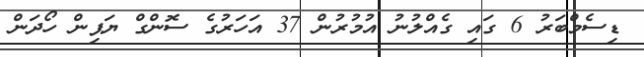
ޑިސެމްބަރު 6 ގައި ގެއްލުނު އުމުރުން 37 އަހަރުގެ ސޮންގް ޔަޕިން ހޯދަން